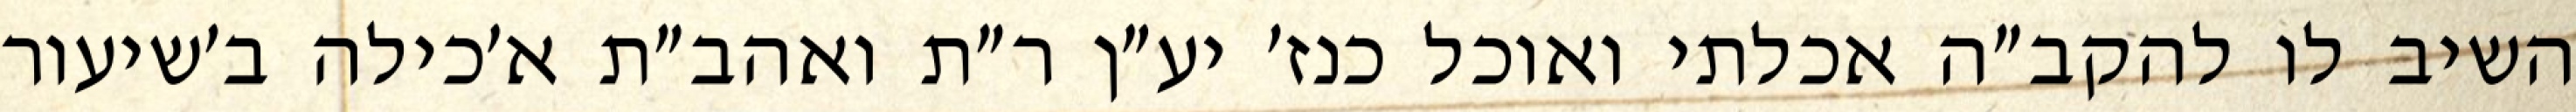
השיב לו להקב״ה אכלתי ואוכל כנז׳ יע״ן ר״ת ואהב״ת א׳כילה ב׳שיעור